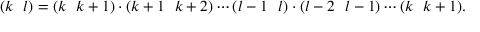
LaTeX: ( k ~ ~ l ) = ( k ~ ~ k + 1 ) \cdot ( k + 1 ~ ~ k + 2 ) \cdots ( l - 1 ~ ~ l ) \cdot ( l - 2 ~ ~ l - 1 ) \cdots ( k ~ ~ k + 1 ) .